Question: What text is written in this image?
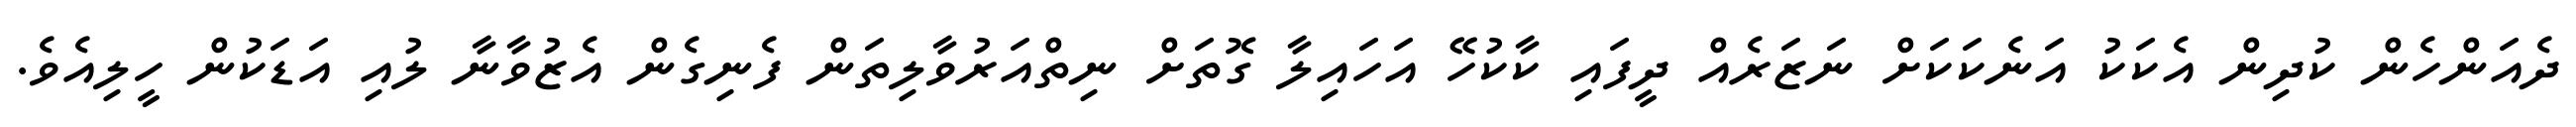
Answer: ދެއަންހެން ކުދިން އެކަކު އަނެކަކަށް ނަޒަރެއް ދީފައި ކާކުހޭ އަހައިލާ ގޮތަށް ނިތްއަރުވާލިތަން ފެނިގެން އެޒުވާނާ ލުއި އަޑަކުން ހީލިއެވެ.